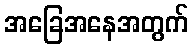
အခြေအနေအတွက်